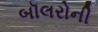
બૉલરોની